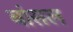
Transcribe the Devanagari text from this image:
बांसल